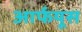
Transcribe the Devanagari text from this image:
आर्फयूस